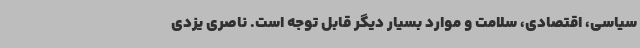
سیاسی، اقتصادی، سلامت و موارد بسیار دیگر قابل توجه است. ناصری یزدی